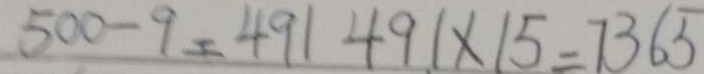
5 0 0 - 9 = 4 9 1 4 9 1 \times 1 5 = 7 3 6 5